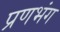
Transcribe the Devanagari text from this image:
प्रणभंग